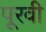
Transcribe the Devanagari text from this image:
पूरवी